Civil Veterinary Department. United Provinces 1912-22 - 1912-1922
Year: 1912
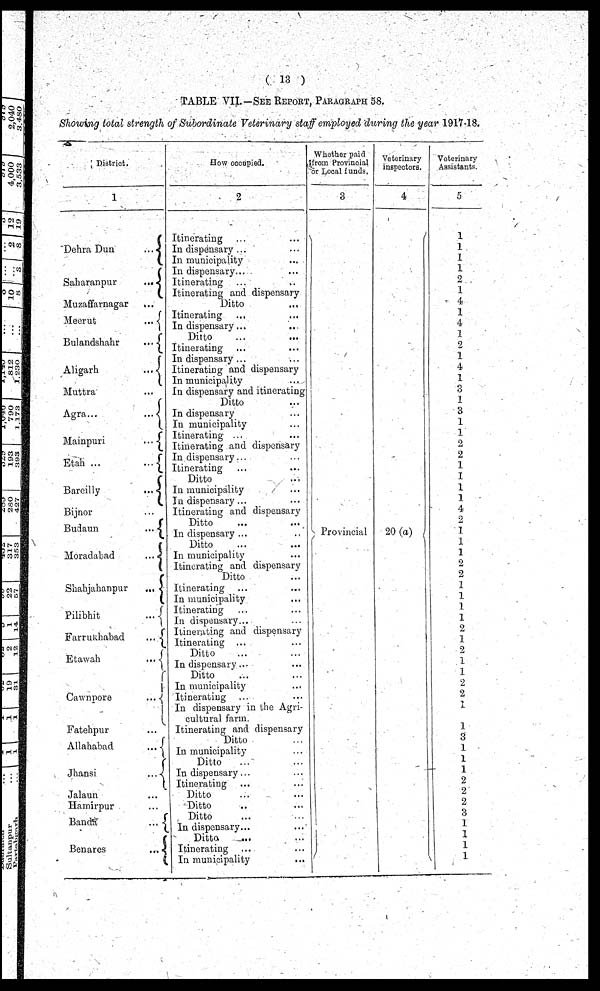
(13)
TABLE VII.—See Report, Paragraph 58.
Showing total strength of Subordinate Veterinary staff employed during the year 1917-18.
District.
1
Dehra Dun
...
Saharanpur
...
Muzaffarnagar ...
Meerut
...
Bulandshahr
...
Aligarh
...
Muttra
Agra...
...
Mainpuri
...
Etah ...
...
Bareilly
...
Bijnor ...
Budaun
...
Moradabad
...
Shahjahanpur
...
Pilibhit
...
Farrukhabad
...
Etawah
...
Cawnpore
...
Fatehpur ...
Allahabad
...
Jhansi
...
Jalaun ...
Hamirpur ...
Banda
...
Benares
...
How occupied.
2
Itinerating ... ...
In dispensary ... ...
In municipality ...
In dispensary... ...
Itinerating ... ...
Itinerating and dispensary
Ditto ...
Itinerating ... ...
In dispensary ... ...
Ditto ... ...
Itinerating ... ...
In dispensary ... ...
Itinerating and dispensary
In municipality ...
In dispensary and itinerating
Ditto ...
In dispensary ...
In municipality ...
Itinerating ...
Itinerating and dispensary
In dispensary... ...
Itinerating
Ditto ...
In municipality ...
In dispensary ...
Itinerating and dispensary
Ditto ... ...
In dispensary ... ...
Ditto ...
In municipality ...
Itinerating and dispensary
Ditto ...
Itinerating ... ...
In municipality ...
Itinerating ... ...
In dispensary...
Itinerating and dispensary
Itinerating ...
Ditto ... ...
In dispensary ... ...
Ditto ... ...
In municipality ...
Itinerating ... ...
In dispensary in the Agri-
cultural farm. ...
Itinerating and dispensary
Ditto ...
In municipality ...
Ditto ... ...
In dispensary ... ...
Itinerating ... ...
Ditto ... ...
Ditto ... ...
Ditto ... ...
In dispensary.. ....
Ditto ... ...
Itinerating ... ...
In municipality ...
Whether paid
from Provincial
from Local funds.
3
Provincial
|
Veterinary
inspectors.
4
20 (a)
Veterinary
Assistants.
5
1
1
1
1
2
1
4
1
4
1
2
1
4
1
3
1
3
1
1
2
2
1
1
1
1
4
2
1
1
1
2
2
1
1
1
1
1
2
1
1
2
1
1
2
2
1
1
3
1
1
1
2
2
2
3
1
1
1
1